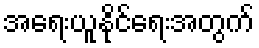
အရေးယူနိုင်ရေးအတွက်